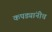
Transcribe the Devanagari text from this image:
कपड्यांनीच